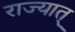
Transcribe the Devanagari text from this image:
राज्यात्